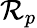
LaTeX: \mathcal{R}_{p}